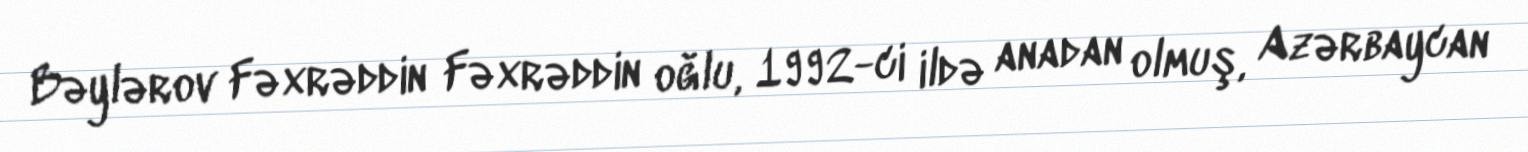
Bəylərov Fəxrəddin Fəxrəddin oğlu, 1992-ci ildə anadan olmuş, Azərbaycan